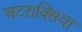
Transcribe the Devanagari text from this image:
अटराक्सिया